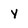
Character: Y